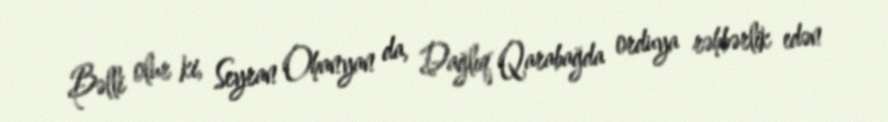
Bəlli olur ki, Seyran Ohanyan da, Dağlıq Qarabağda orduya rəhbərlik edən